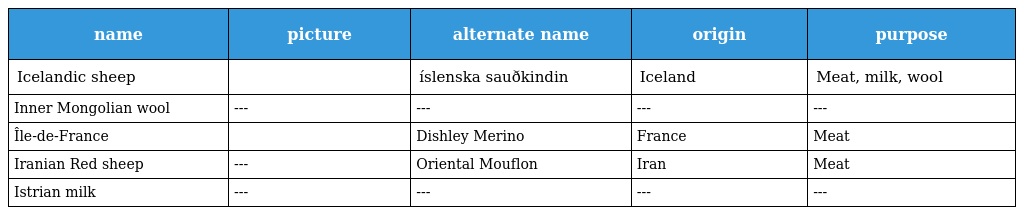
| name | picture | alternate name | origin | purpose |
 | --- | --- | --- | --- | --- |
 | Icelandic sheep |  | íslenska sauðkindin | Iceland | Meat, milk, wool |
 | Inner Mongolian wool | --- | --- | --- | --- |
 | Île-de-France |  | Dishley Merino | France | Meat |
 | Iranian Red sheep | --- | Oriental Mouflon | Iran | Meat |
 | Istrian milk | --- | --- | --- | --- |